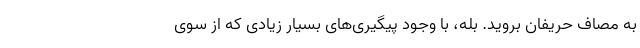
به مصاف حریفان بروید. بله، با وجود پیگیری‌های بسیار زیادی که از سوی